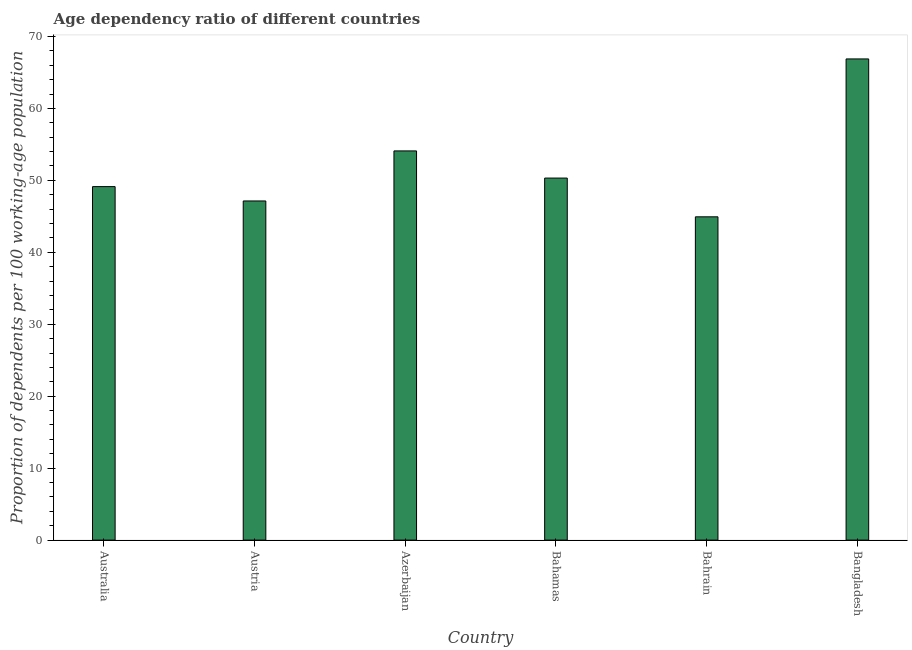
| Country | Age dependency ratio (% of working-age population) |
 | --- | --- |
 | Australia | 49.1 |
 | Austria | 47.1 |
 | Azerbaijan | 54.1 |
 | Bahamas | 50.3 |
 | Bahrain | 44.9 |
 | Bangladesh | 66.9 |